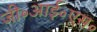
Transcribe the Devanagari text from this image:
जी॰आई॰एस॰